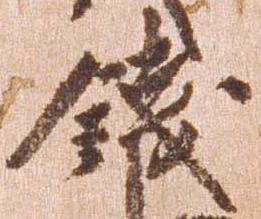
銭